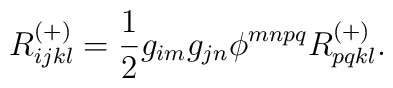
R^{(+)}_{ijkl} = \frac{1}{2}g_{im}g_{jn}\phi^{mnpq}R^{(+)}_{pqkl} .